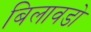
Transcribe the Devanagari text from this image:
बिलावडो